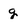
Character: g